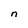
Character: n